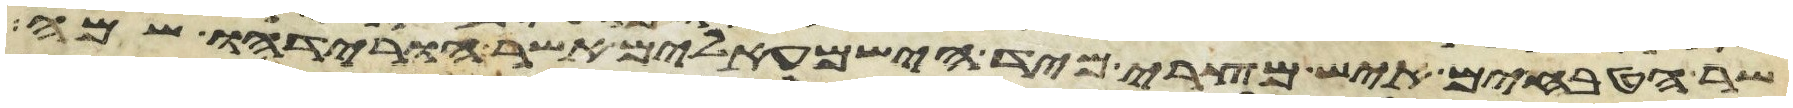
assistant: שר הטבחים איש מצרי מיד הישמעאלים אשר הורידהו שמה